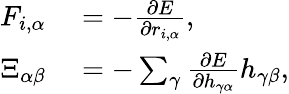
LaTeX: \begin{array}{rl}{F_{i,\alpha}}&{{}=-\frac{\partial E}{\partial r_{i,\alpha}},}\\ {\Xi_{\alpha\beta}}&{{}=-\sum_{\gamma}\frac{\partial E}{\partial h_{\gamma\alpha}}h_{\gamma\beta},}\end{array}